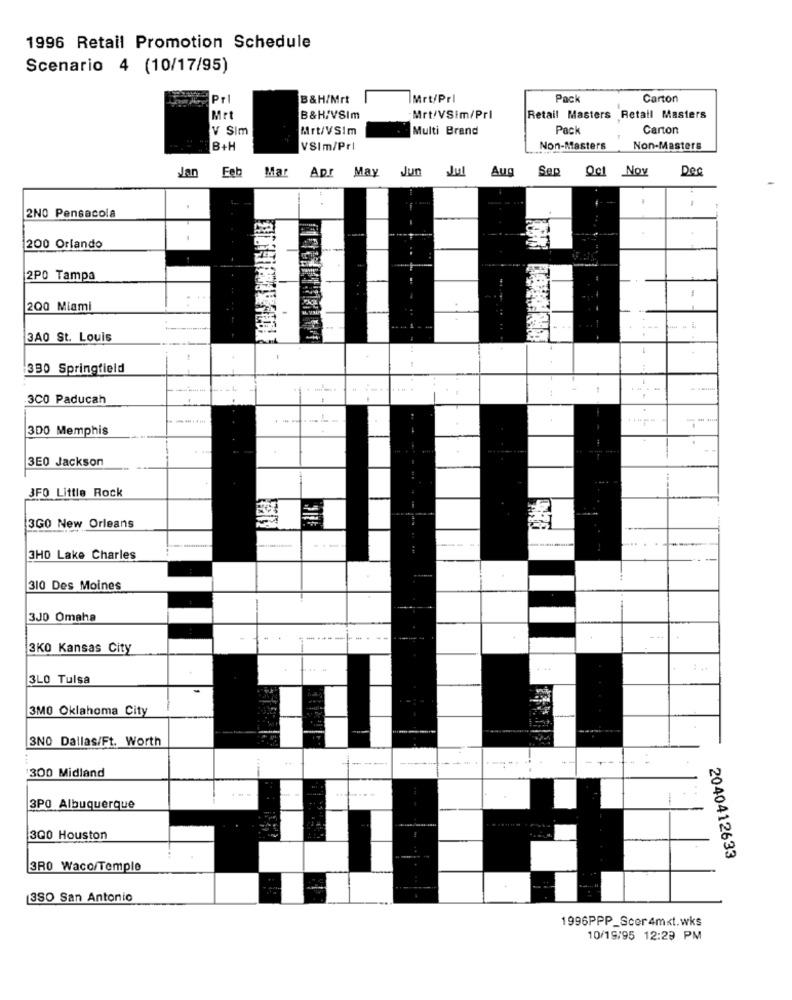
1996 Retail Promotion Schedule
Scenario 4 (10/17/95)
Pr
B&H/Mrt
IMrt/Prl
Pack
Carton
Mrt
B&H/VSIm
Mrt/VSim/Prl
Retail Masters Retall Masters
V Sim
Mrt/VSIm
Multi Brand
Pack
Carton
B+H
VSIm/Prl
Non-Masters
Non-Masters
Jan
Fet
Mar
Apr May Jun Jul
Aug
Sep Oct Nov
Dec
2NO Pensacola
200 Orlando
2PO Tampa
200 Miami
--
3A0 St. Louis
330 Springfield
-
300 Paducah
:
300 Memphis
3E0 Jackson
3FO Little Rock
3GO New Orleans
---
3HD Lake Charles
310 Des Moines
3J0 Omaha
3KO Kansas City
3LO Tulsa
3MO Oklahoma City
3NO Dallas/Ft. Worth
300 Midland
..
3PO Albuquerque
300 Houston
2040412633
3RO Waco/Temple
3SO San Antonio
1996PPP_Scer 4mxt.wks
10/19/95 12:29 PM